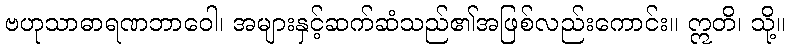
ဗဟုသာဓာရဏဘာဝေါ၊ အများနှင့်ဆက်ဆံသည်၏အဖြစ်လည်းကောင်း။ ဣတိ၊ သို့။